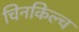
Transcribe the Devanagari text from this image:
चिनकिल्च